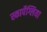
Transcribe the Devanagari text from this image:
स्कार्पेग्लिया